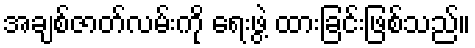
အချစ်ဇာတ်လမ်းကို ရေးဖွဲ့ ထားခြင်းဖြစ်သည်။